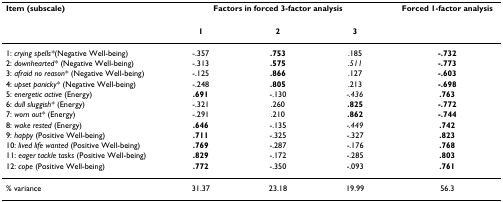
| Item (subscale) | <COLSPAN=3> Factors in forced 3-factor analysis | Forced 1-factor analysis |
 | --- | --- | --- | --- | --- |
 |  | 1 | 2 | 3 |  |
 | 1: crying spells*(Negative Well-being) | -.357 | .753 | .185 | -.732 |
 | 2: downhearted* (Negative Well-being) | -.313 | .575 | .511 | -.773 |
 | 3: afraid no reason* (Negative Well-being) | -.125 | .866 | .127 | -.603 |
 | 4: upset panicky* (Negative Well-being) | -.248 | .805 | .213 | -.698 |
 | 5: energetic active (Energy) | .691 | -.130 | -.436 | .763 |
 | 6: dull sluggish* (Energy) | -.321 | .260 | .825 | -.772 |
 | 7: worn out* (Energy) | -.291 | .210 | .862 | -.744 |
 | 8: wake rested (Energy) | .646 | -.135 | -.449 | .742 |
 | 9: happy (Positive Well-being) | .711 | -.325 | -.327 | .823 |
 | 10: lived life wanted (Positive Well-being) | .769 | -.287 | -.176 | .768 |
 | 11: eager tackle tasks (Positive Well-being) | .829 | -.172 | -.285 | .803 |
 | 12: cope (Positive Well-being) | .772 | -.350 | -.093 | .761 |
 | % variance | 31.37 | 23.18 | 19.99 | 56.3 |